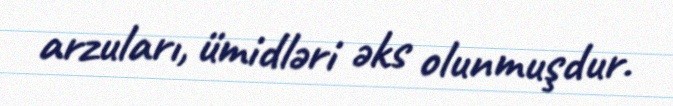
arzuları, ümidləri əks olunmuşdur.